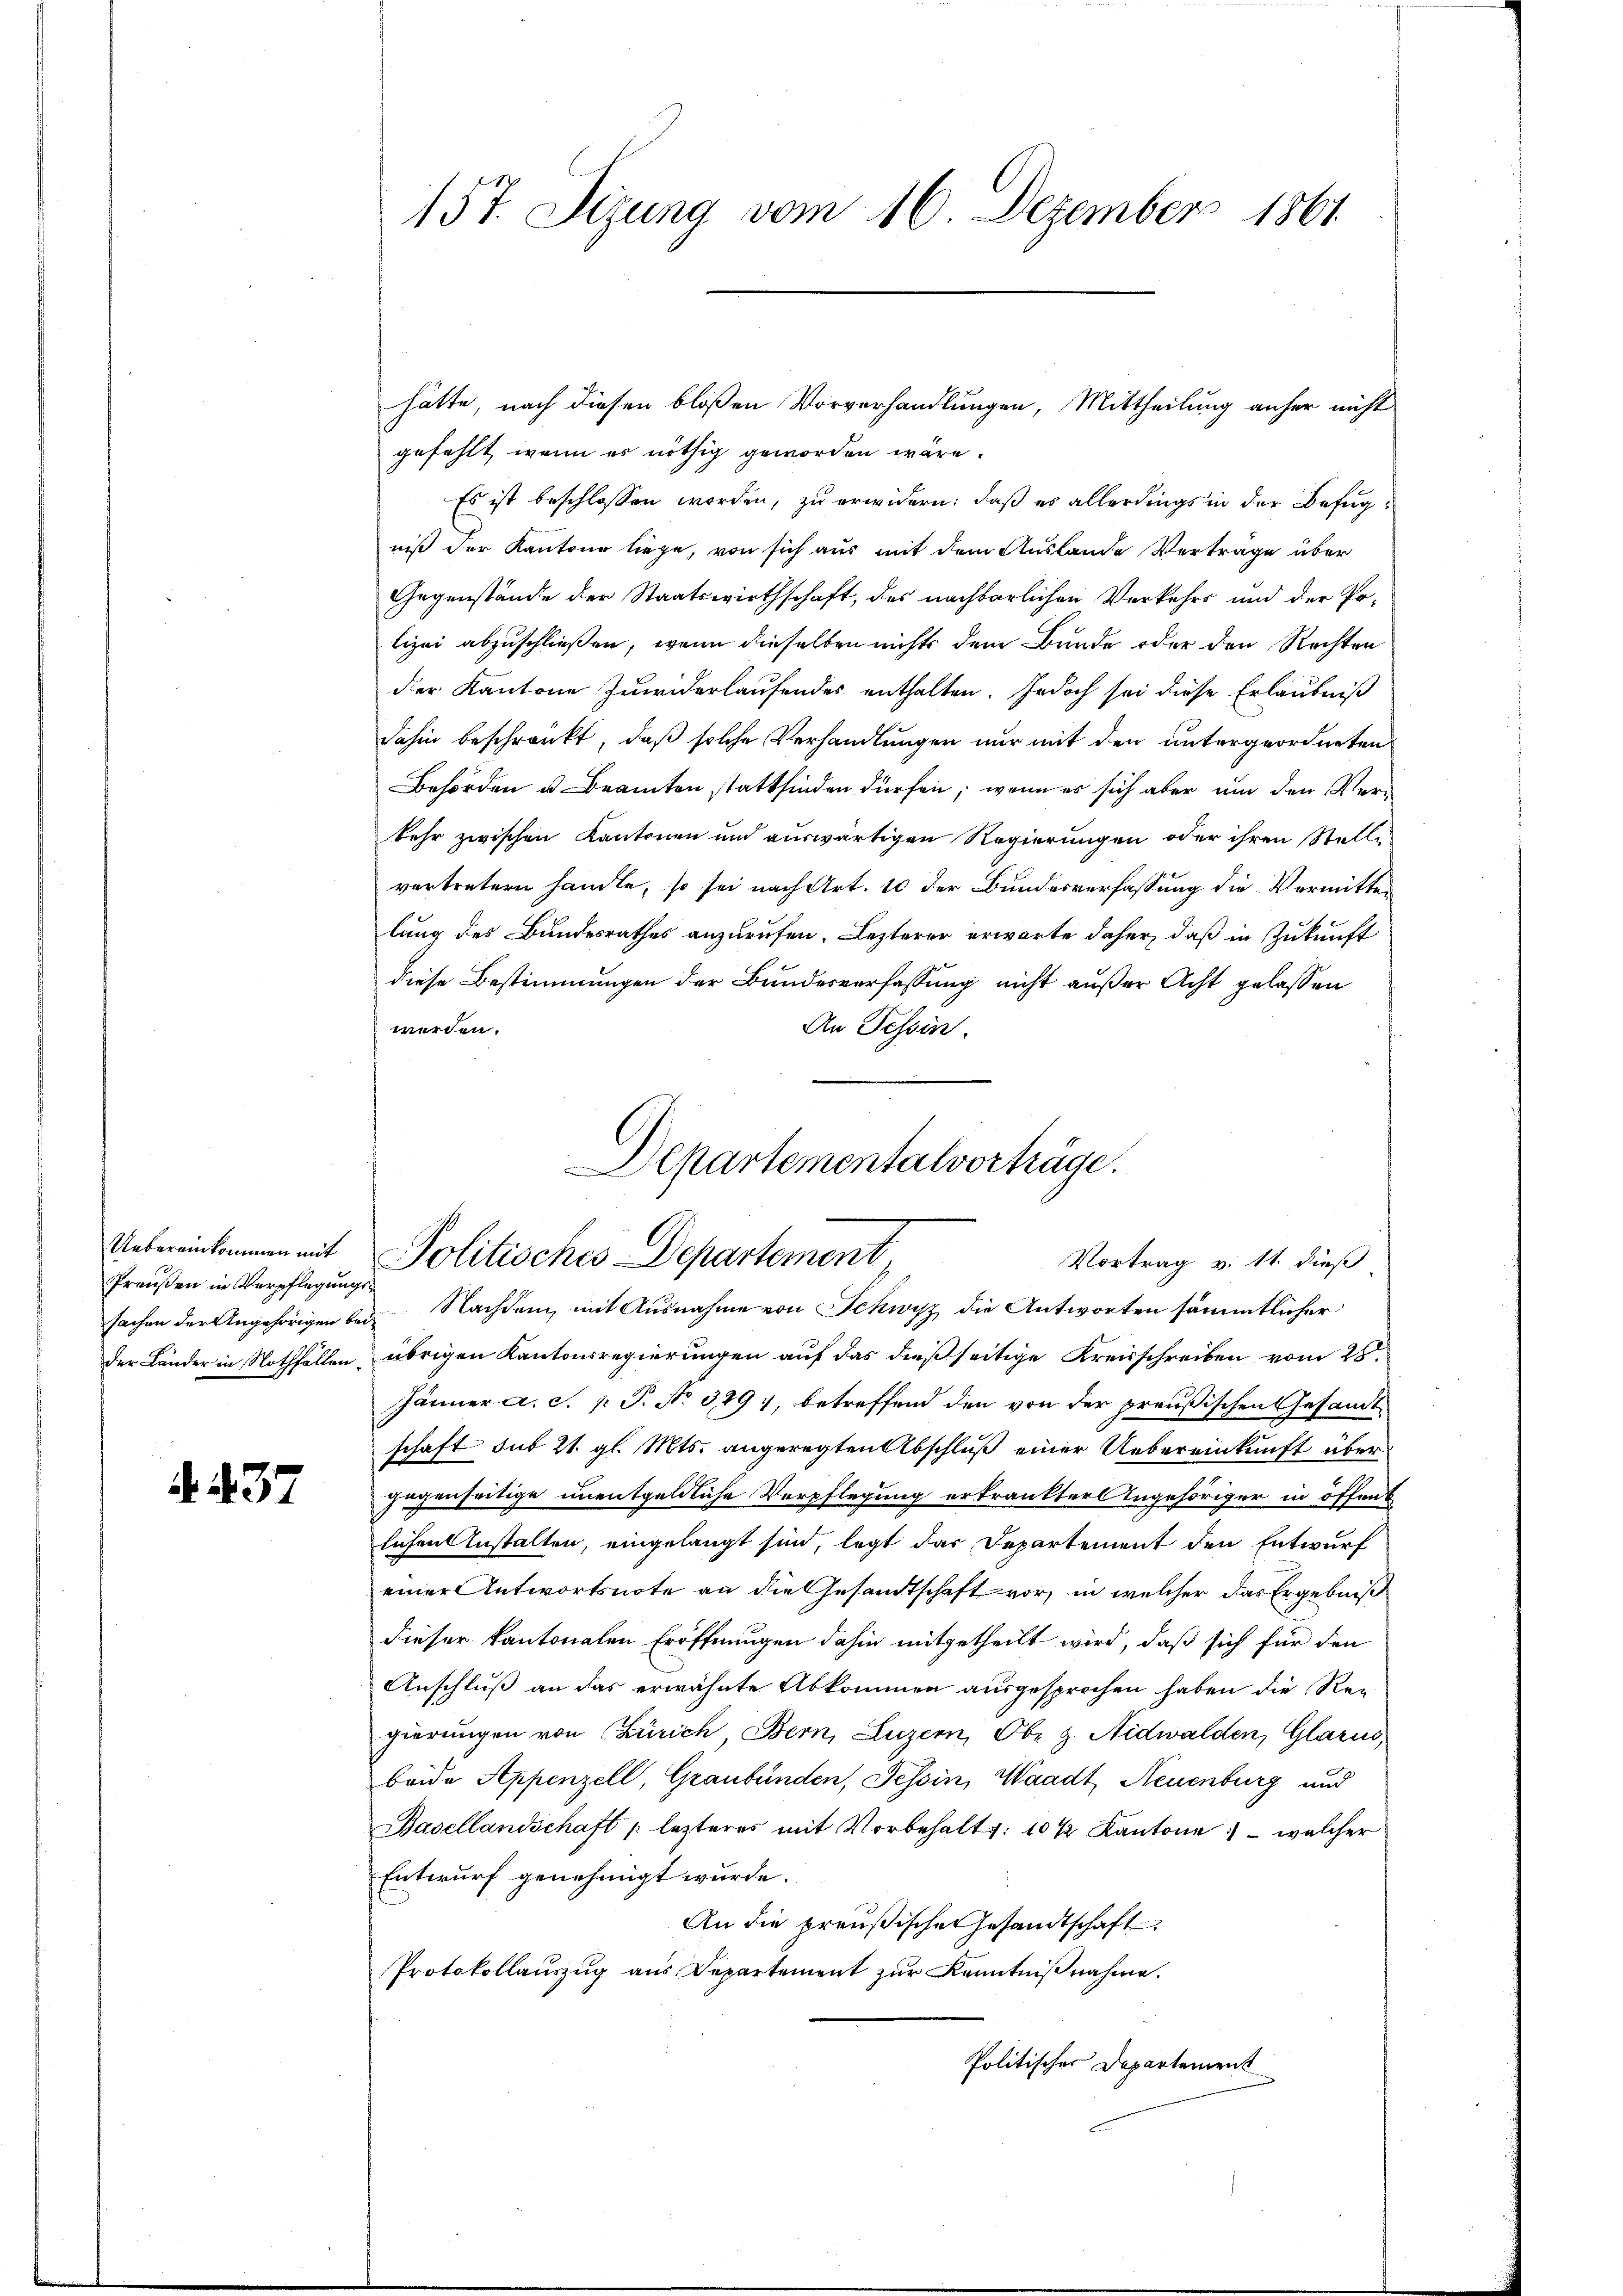
Uebereinkommen mit
Preußen in Verpflegungssachen der Angehörigen bei¬

. 437

hätte, nach diesen bloßen Vorverhandlungen, Mittheilung anher nicht
gefehlt, wenn es nöthig geworden wäre.
Es ist beschlossen worden, zu erwidern: daß es allerdings in der Befugniß der Kantone liege, von sich aus mit dem Auslande Verträge über
Gegenstände der Staatswirthschaft, das nachbarlichen Verkehrs und der Polizei abzuschließen, wenn dieselben nichts dem Bunde oder den Rechten
der Kantone Zuwiderlaufendes enthalten. Jedoch sei diese Erlaubniß
dahin beschränkt, daß solche Verhandlungen nur mit den untergeordneten
Behörden u. Beamten stattfinden dürfen, wenn es sich aber um den Verkehr zwischen Kantonen und auswärtigen Regierungen oder ihren Stelle
vertretern handte, so sei nach Art. 10 der Bundesverfassung die Vermitter
lung des Bundesrathes anzurufen. Lezterer erwarte daher, daß in Zukunft
diese Bestimmungen der Bundesverfassung nicht außer Acht gelassen
werden.
An Tessin.

157. Sizung vom 16. Dezember 1861

Departementalverträge.
Politisches Departement,
Vortrag v. 11. dieß

Nachdem mit Ausnahme von Schwisz die Antworten sämmtlicher
der Länder in Nothfällen, übrigen Kantonsregierungen auf das dießseitige Kreisschreiben vom 28.
Jänner a. c. p. P. No 329, betreffend den von der preußischen Gesandtschaft aus 21. gl. Mts. angeregten Abschluß einer Uebereinkunft über
Gegenseitige unentgeldliche Verpflegung erkränkter Angehöriger in öffent
lichen Anstalten, eingelangt sind, legt dar Departement den Entwurf
einer Antwortsnote an die Gesandtschaft vor, in welcher das Ergebniß
dieser kantonalen Eröffnungen dahin mitgetheilt wird, daß sich für den
Anschluß an das erwähnte Abkommen ausgesprochen haben die Regierungen von Zürich, Bern, Luzern, Obe & Nidwalden, Glarus,
beide Appenzell, Graubünden, Tessin, Waadt, Neuenburg und
Basellandschaft lezteres mit Vorbehalt v. 10 ½ Kantone : welcher
Entwurf genehmigt wurde.
An die preußische Gesandtschaft
Protokollauszug aus Departement zur Kenntnißnahme.
Politisches Departement